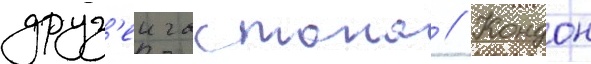
друз'еи гастона // Кондон